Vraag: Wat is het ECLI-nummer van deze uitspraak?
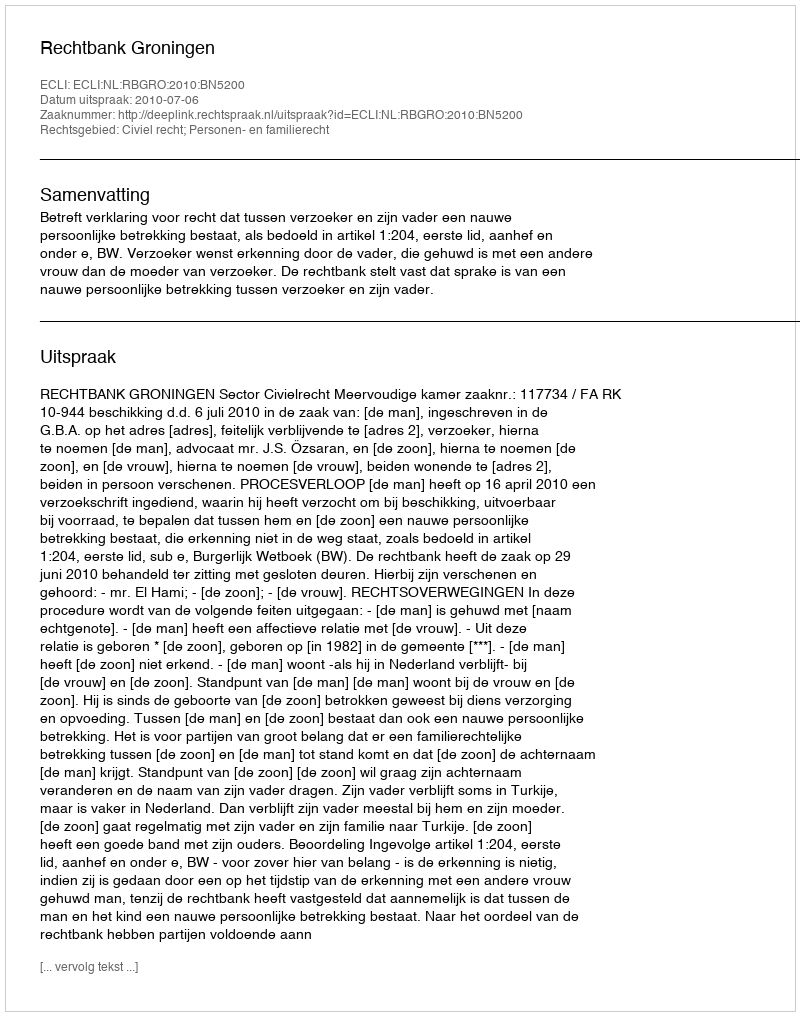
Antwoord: ECLI:NL:RBGRO:2010:BN5200